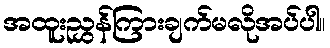
အထူးညွှန်ကြားချက်မလိုအပ်ပါ။